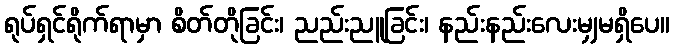
ရုပ်ရှင်ရိုက်ရာမှာ စိတ်တိုခြင်း၊ ညည်းညူခြင်း၊ နည်းနည်းလေးမျှမရှိပေ။